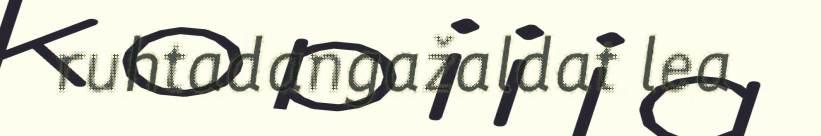
ruhtadangažaldat lea